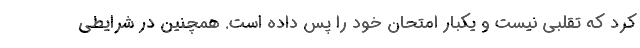
کرد که تقلبی نیست و یکبار امتحان خود را پس داده است. همچنین در شرایطی